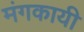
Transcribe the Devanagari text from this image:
मंगकायी